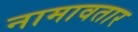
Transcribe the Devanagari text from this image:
नामावतार